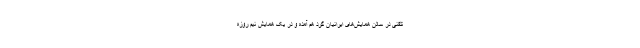
تلفنی در سالن همایش‌های ایرانیان گرد هم آمده و در یک همایش نیم روزه